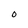
Character: O